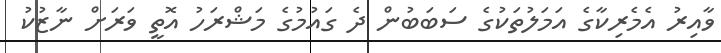
ވާއިރު އެމެރިކާގެ އަމަލުތަކުގެ ސަބަބުން ދެ ގައުމުގެ މަޝްރަހު އޮތީ ވަރަށް ނާޒުކު